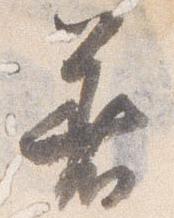
着